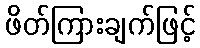
ဖိတ်ကြားချက်ဖြင့်